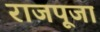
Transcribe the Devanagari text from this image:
राजपूजा